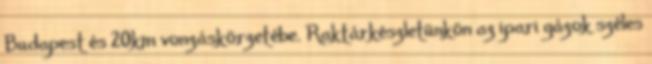
Budapest és 20km vonzáskörzetébe. Raktárkészletünkön az ipari gázok széles